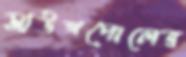
সাউথপোলের